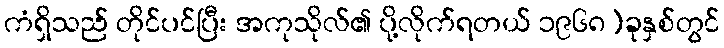
ကံရှိသည် တိုင်ပင်ပြီး အကုသိုလ်၏ ပို့လိုက်ရတယ် ၁၉၆၈)ခုနှစ်တွင်